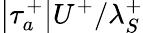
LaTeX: \left|\tau_{a}^{+}\right|U^{+}/\lambda_{S}^{+}